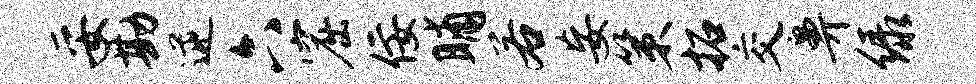
妥勘逆六窟佞晡若妄策拓交鼻绿